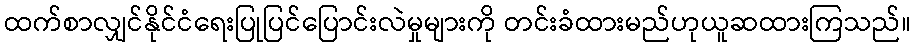
ထက်စာလျှင်နိုင်ငံရေးပြုပြင်ပြောင်းလဲမှုများကို တင်းခံထားမည်ဟုယူဆထားကြသည်။